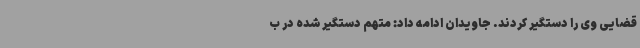
قضایی وی را دستگیر کردند. جاویدان ادامه داد: متهم دستگیر شده در ب